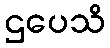
ဌပေသိ